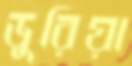
ডুরিয়া